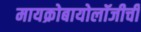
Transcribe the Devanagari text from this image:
मायक्रोबायोलॉजीची